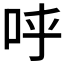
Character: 𠰜